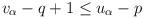
LaTeX: \begin{align*}v_\alpha-q+1\le u_\alpha-p\end{align*}